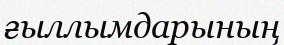
ғыллымдарының